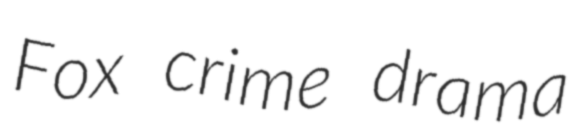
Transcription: Fox crime drama